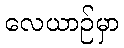
လေယာဉ်မှာ